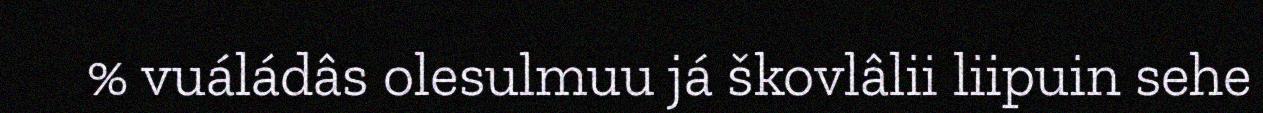
% vuáládâs olesulmuu já škovlâlii liipuin sehe